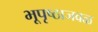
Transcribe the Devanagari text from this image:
भूपृष्ठाजवळ